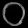
Digit: ၀